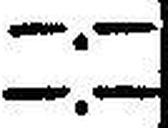
—.—